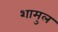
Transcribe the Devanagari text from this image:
शामुल